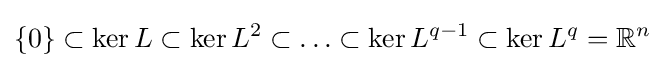
\{0\}\subset \ker L\subset \ker L^{2}\subset \ldots \subset \ker L^{q-1}\subset \ker L^{q}=\mathbb {R} ^{n}